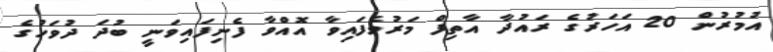
އުމުރުން 20 އަހަރުގެ ރައުދާ އާތިފް މަރުވެފައިވާ އޮއްވާ ފެނިފައިވަނީ ބުދަ ދުވަހުގެ